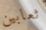
ثعابين